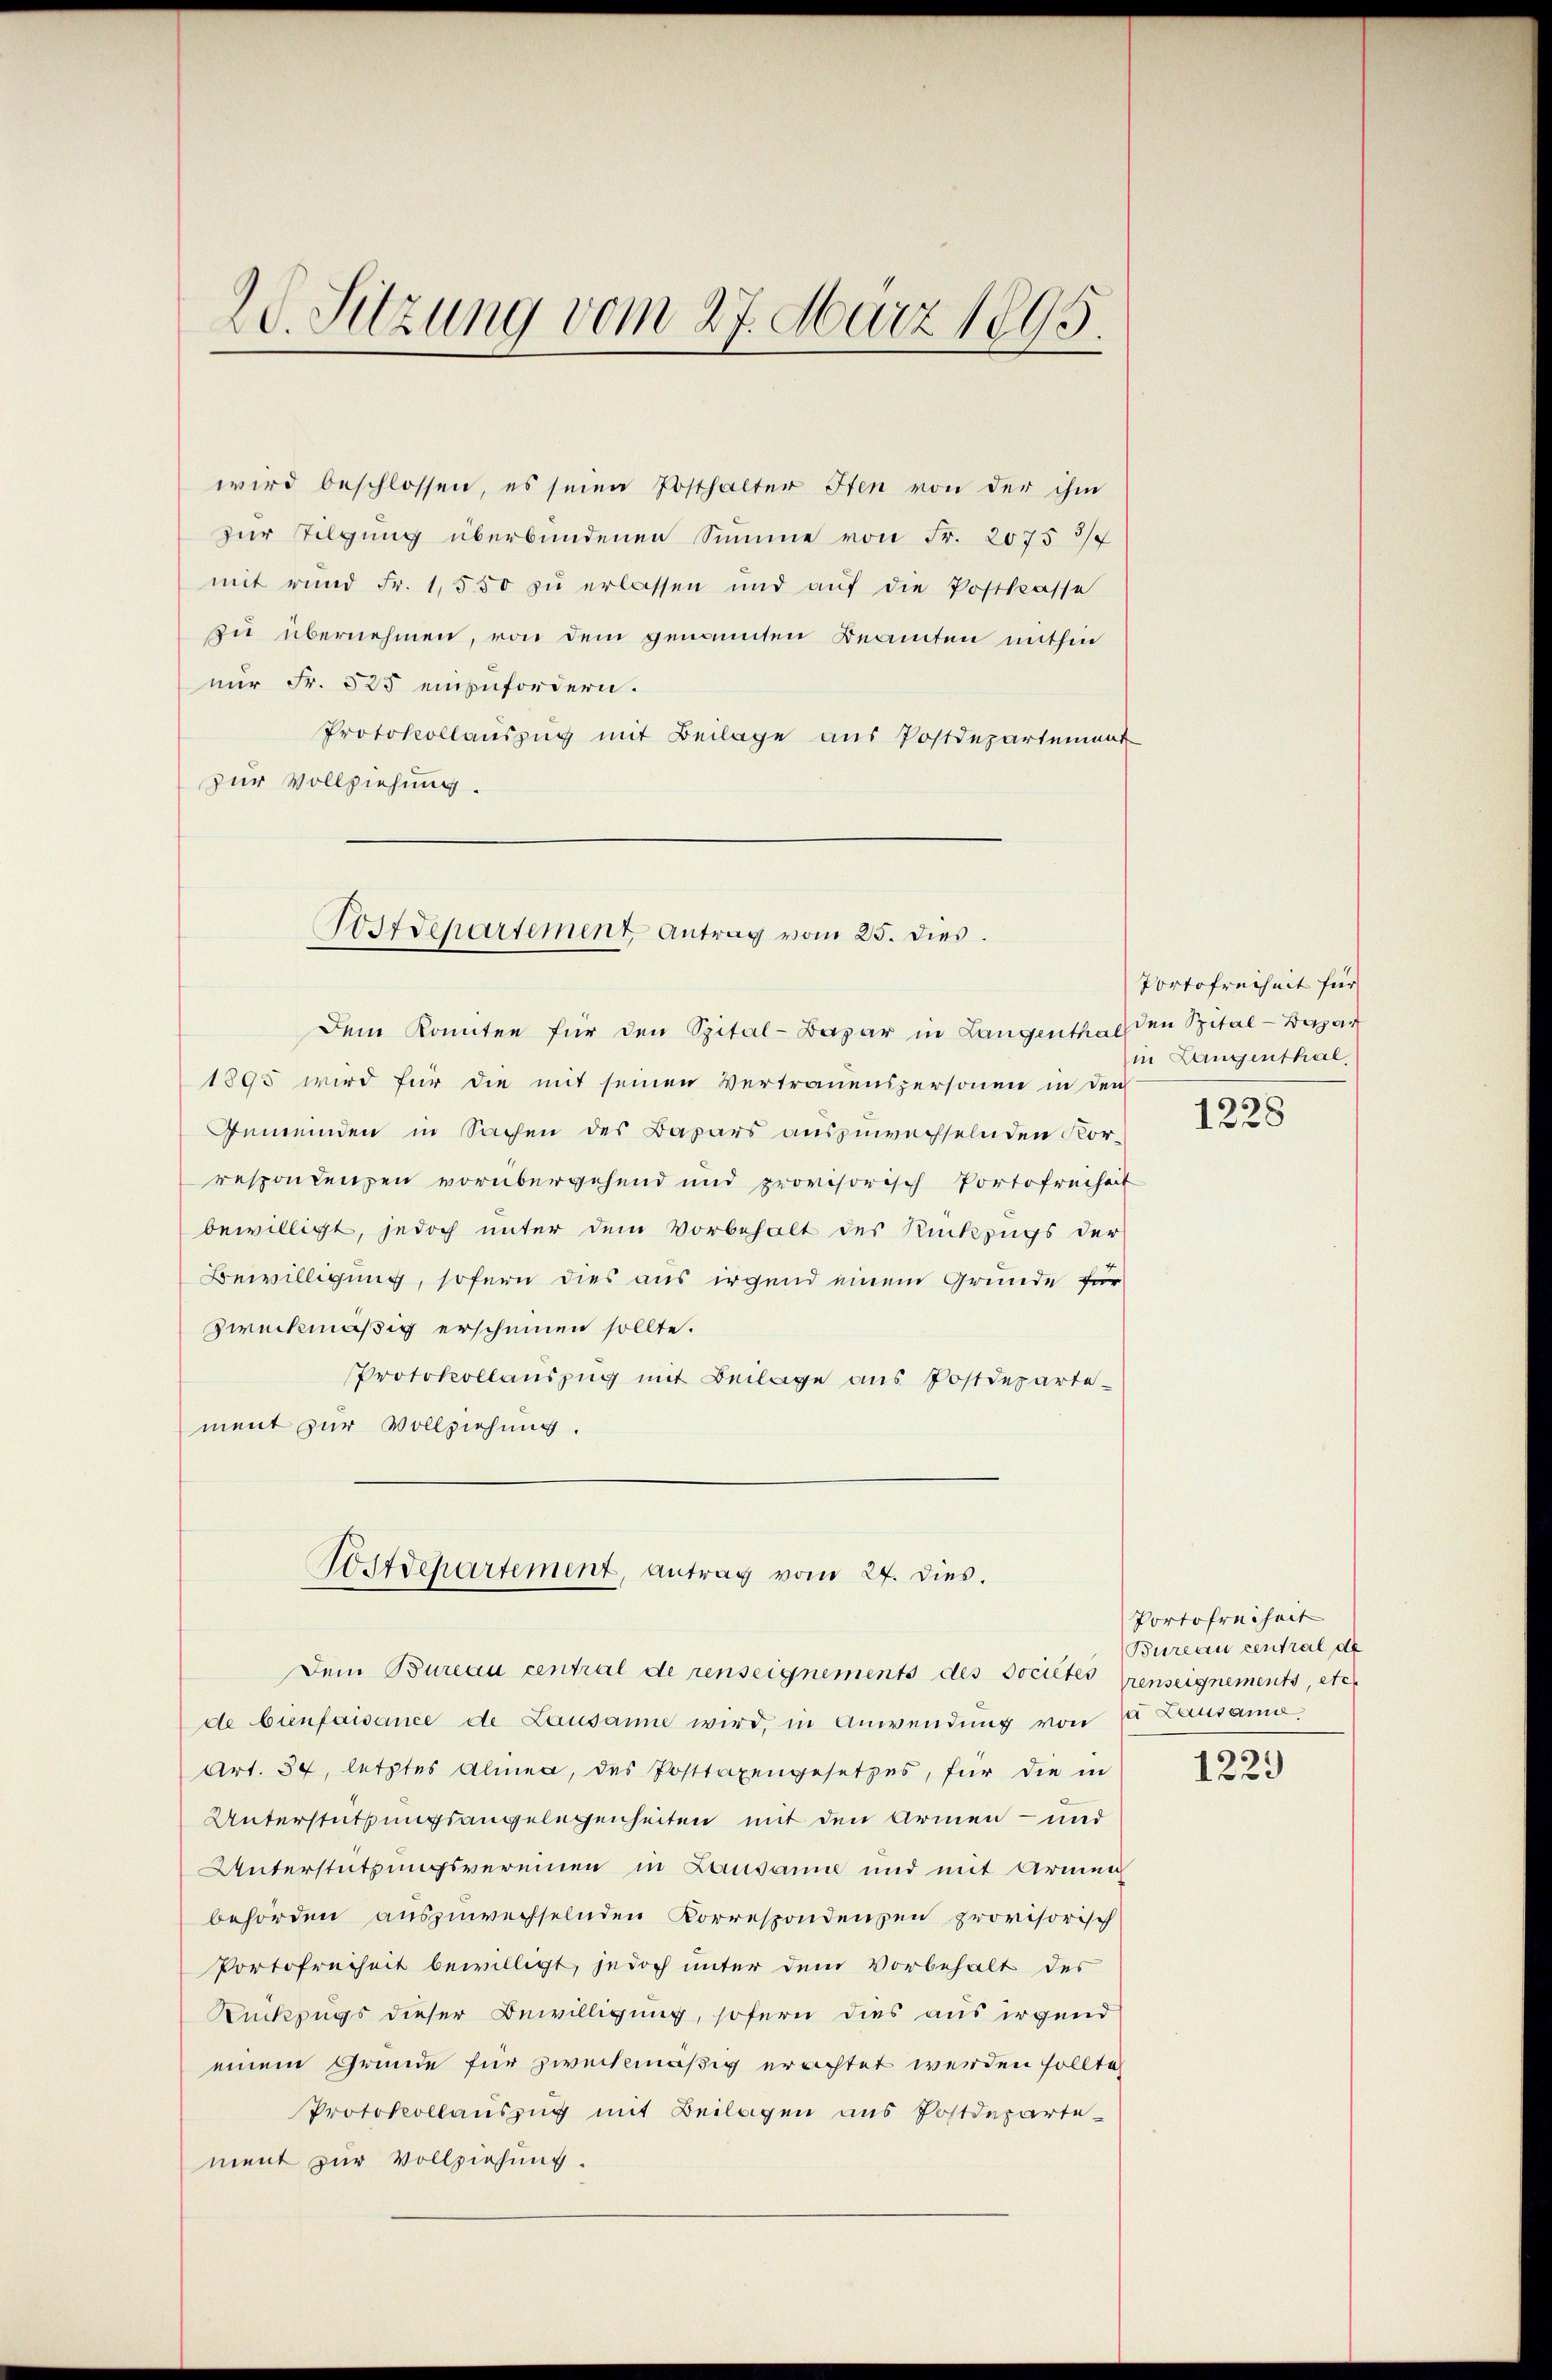
20. Sitzung vom 27. März 1895.

wird beschlossen, es seien Posthalter Iten von der ihm
zur Tilgung überbundenen Summe von Fr. 2075 3/
mit rund Fr. 1,550 zu erlassen und aŭf die Postkasse
zu übernehmen, von dem genannten Beamten mithin
nur Fr. 525 einzufordern.
Protokollauszug mit Beilage aus Postdepartement
zur Vollziehung.
Dem Komitee für den Spital-Basar in Langenthal den Spital- Bazar
1895 wird für die mit seinen Vertrauenspersonen in den
Gemeinden in Sachen des Bapars auszuwachselnden Korrespondenzen vorübergehend und provisorisch Portofreiheit
bewilligt, jedoch unter dem Vorbehalt des Rückzugs der
Bewilligung, sofern dies aus irgend einem Grunde für
zweckmäßig erscheinen sollte.
Protokollauszug mit Beilage aus Postdepartement zur Vollziehung.
A.dchartement, antrag vom 27. dies.
Dem Bureau central de renseignements des Societes Grenseignements, etc
de bienfaisance de Lausanne wird, in Anwendŭng von 1 Lausam
Art. 34, letztes Almea, das Posttaxengesetzes, für die in
Unterstützungsangelegenheiten mit den Armen- und
Unterstützungsvereinen in Lausanne und mit Armen
behörden auszuwechselnden Korrespondenzen provisorisch
Portofreiheit bewilligt, jedoch unter dem Vorbehalt der
Rückzugs dieser Bewilligung, sofern dies aus irgend
einem Grunde für zweckmäßig erachtet werden sollte,
Protokollauszug mit Beilagen aus Postdepartement zur Vollziehung.

stdepartement Antrag vom 25. dies

Portofreiheit für
in Langenthal

1228

Portofreiheit
Bureau central de

1229